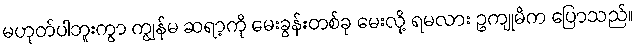
မဟုတ်ပါဘူးကွာ ကျွန်မ ဆရာ့ကို မေးခွန်းတစ်ခု မေးလို့ ရမလား ဥကျုမိက ပြောသည်။